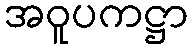
အဝူပကဋ္ဌာ